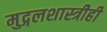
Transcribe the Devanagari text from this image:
मुद्गलशास्त्रीही